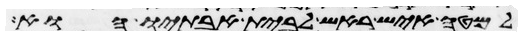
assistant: למטה איש ראש לבית אבתיו הוא